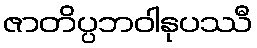
ဇာတိပ္ပဘဝါနုပဿီ